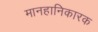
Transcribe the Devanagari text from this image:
मानहानिकारक